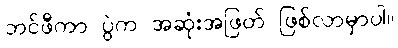
ဘင်ဖီကာ ပွဲက အဆုံးအဖြတ် ဖြစ်လာမှာပါ။